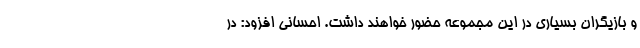
و بازیگران بسیاری در این مجموعه حضور خواهند داشت. احسانی افزود: در